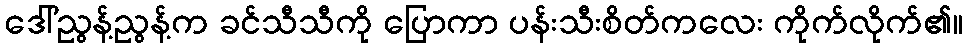
ဒေါ်ညွန့်ညွန့်က ခင်သီသီကို ပြောကာ ပန်းသီးစိတ်ကလေး ကိုက်လိုက်၏။